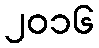
၂၀၁၆